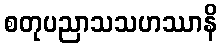
စတုပညာသသဟဿာနိ